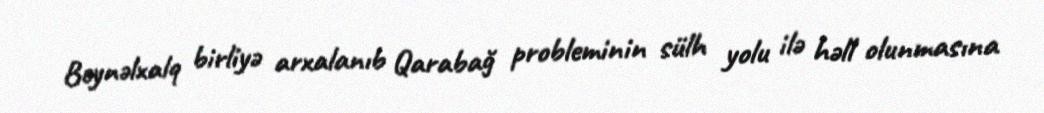
Beynəlxalq birliyə arxalanıb Qarabağ probleminin sülh yolu ilə həll olunmasına